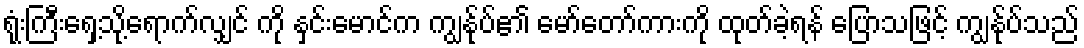
ရုံးကြီးရှေ့သို့ရောက်လျှင် ကို နှင်းမောင်က ကျွန်ုပ်၏ မော်တော်ကားကို ထုတ်ခဲ့ရန် ပြောသဖြင့် ကျွန်ုပ်သည်